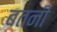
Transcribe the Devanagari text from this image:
बतनी